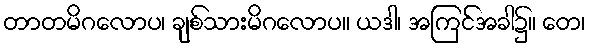
တာတမိဂလောပ၊ ချစ်သားမိဂလောပ။ ယဒါ၊ အကြင်အခါ၌။ တေ၊